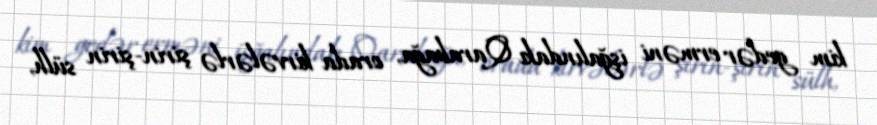
kim gedər erməni işğalındakı Qarabağa, orada kirvələrlə şirin-şirin sülh,